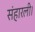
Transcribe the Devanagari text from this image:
संहारली।